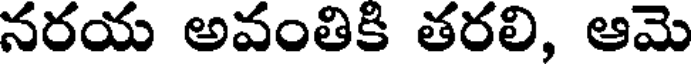
నరయ అవంతికి తరలి, ఆమె